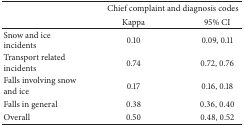
|  | <COLSPAN=2> Chief complaint and diagnosis codes |
 |  | Kappa | 95% CI |
 | --- | --- | --- |
 | Snow and ice incidents | 0.10 | 0.09, 0.11 |
 | Transport related incidents | 0.74 | 0.72, 0.76 |
 | Falls involving snow and ice | 0.17 | 0.16, 0.18 |
 | Falls in general | 0.38 | 0.36, 0.40 |
 | Overall | 0.50 | 0.48, 0.52 |